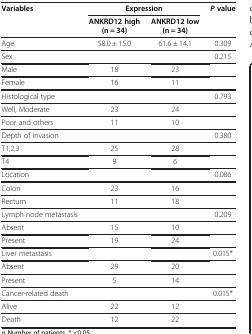
<table><thead><tr><td><b>Variables</b></td><td colspan="2"><b>Expression</b></td><td><b><i>P </i>value</b></td></tr><tr><td rowspan="2"><b> </b></td><td><b>ANKRD12 high</b></td><td><b>ANKRD12 low</b></td><td rowspan="2"><b> </b></td></tr><tr><td><b>(n = 34)</b></td><td><b>(n = 34)</b></td></tr></thead><tbody><tr><td>Age</td><td>58.0 ± 15.0</td><td>61.6 ± 14.1</td><td>0.309</td></tr><tr><td>Sex</td><td> </td><td> </td><td>0.215</td></tr><tr><td>Male</td><td>18</td><td>23</td><td> </td></tr><tr><td>Female</td><td>16</td><td>11</td><td> </td></tr><tr><td>Histological type</td><td> </td><td> </td><td>0.793</td></tr><tr><td>Well, Moderate</td><td>23</td><td>24</td><td> </td></tr><tr><td>Poor and others</td><td>11</td><td>10</td><td> </td></tr><tr><td>Depth of invasion</td><td> </td><td> </td><td>0.380</td></tr><tr><td>T1,2,3</td><td>25</td><td>28</td><td> </td></tr><tr><td>T4</td><td>9</td><td>6</td><td> </td></tr><tr><td>Location</td><td> </td><td> </td><td>0.086</td></tr><tr><td>Colon</td><td>23</td><td>16</td><td> </td></tr><tr><td>Rectum</td><td>11</td><td>18</td><td> </td></tr><tr><td>Lymph node metastasis</td><td> </td><td> </td><td>0.209</td></tr><tr><td>Absent</td><td>15</td><td>10</td><td> </td></tr><tr><td>Present</td><td>19</td><td>24</td><td> </td></tr><tr><td>Liver metastasis</td><td> </td><td> </td><td>0.015*</td></tr><tr><td>Absent</td><td>29</td><td>20</td><td> </td></tr><tr><td>Present</td><td>5</td><td>14</td><td> </td></tr><tr><td>Cancer-related death</td><td> </td><td> </td><td>0.015*</td></tr><tr><td>Alive</td><td>22</td><td>12</td><td> </td></tr><tr><td>Death</td><td>12</td><td>22</td><td> </td></tr></tbody></table>